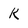
Character: k